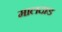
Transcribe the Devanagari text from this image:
मालदाड